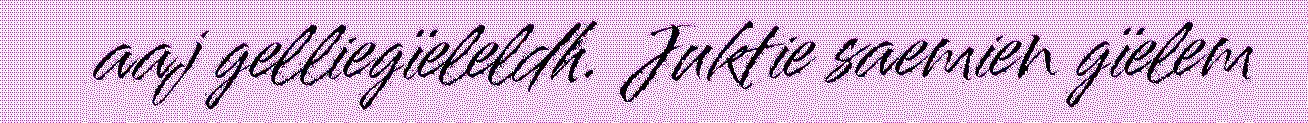
aaj gelliegïeleldh. Juktie saemien gïelem